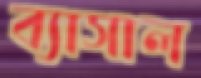
ব্যাসাল